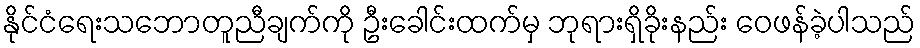
နိုင်ငံရေးသဘောတူညီချက်ကို ဦးခေါင်းထက်မှ ဘုရားရှိခိုးနည်း ဝေဖန်ခဲ့ပါသည်